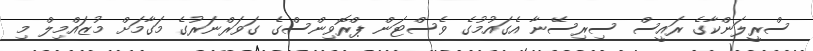
ސްރީލަންކާގެ ރައީސް ސިރިސޭނާ އެގައުމުގެ ވެސްޓަން ޕްރޮވިންސްގެ ގަވަރްނަރުގެ މަގާމަށް މުޒައްމިލް މި